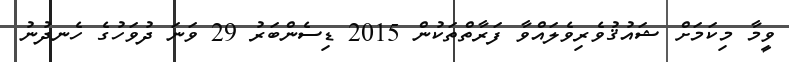
ވީމާ މިކަމަށް ޝައުޤުވެރިވެލައްވާ ފަރާތްތަކުން 2015 ޑިސެންބަރު 29 ވަނަ ދުވަހުގެ ހެނދުނު